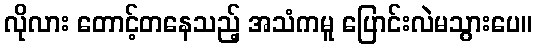
လိုလား တောင့်တနေသည့် အသံကမူ ပြောင်းလဲမသွားပေ။